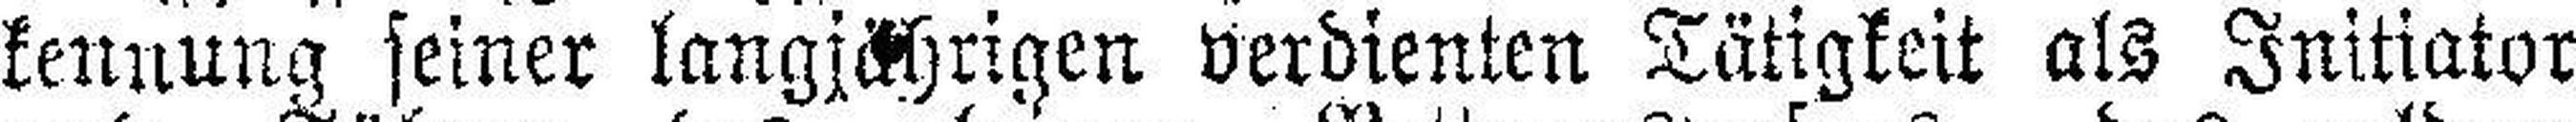
kennung seiner langjährigen verdienten Tätigkeit als Initiator